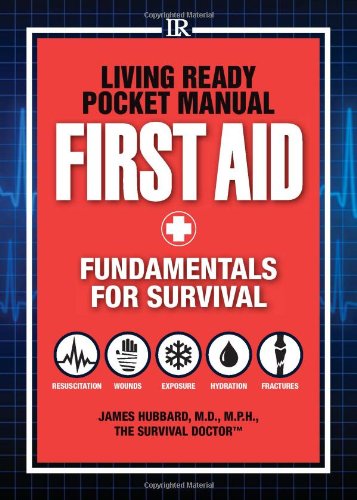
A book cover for Living Ready Pocket Manual - First Aid: Fundamentals for Survival; James Hubbard; Medical Books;